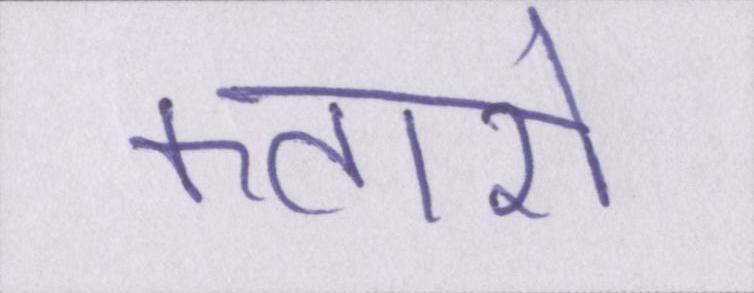
कतारों